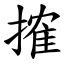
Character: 搉